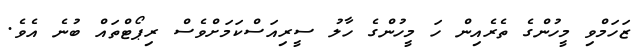
ޒަހަމްވި މީހުންގެ ތެރެއިން ހަ މީހުންގެ ހާލު ސީރިއަސްކަމަށްވެސް ރިޕޯޓްތައް ބުނެ އެވެ.